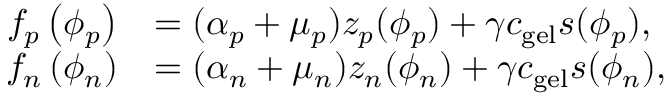
\begin{array} { r l } { f _ { p } \left( \phi _ { p } \right) } & { = ( \alpha _ { p } + \mu _ { p } ) z _ { p } ( \phi _ { p } ) + \gamma c _ { \mathrm { g e l } } s ( \phi _ { p } ) , } \\ { f _ { n } \left( \phi _ { n } \right) } & { = ( \alpha _ { n } + \mu _ { n } ) z _ { n } ( \phi _ { n } ) + \gamma c _ { \mathrm { g e l } } s ( \phi _ { n } ) , } \end{array}